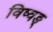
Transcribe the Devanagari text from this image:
विष्वङ्